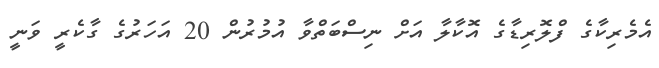
އެމެރިކާގެ ފްލޮރިޑާގެ އޮކާލާ އަށް ނިސްބަތްވާ އުމުރުން 20 އަހަރުގެ ގާކެރީ ވަނީ